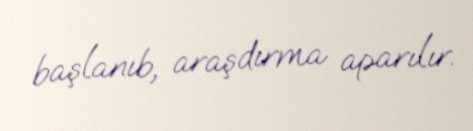
başlanıb, araşdırma aparılır.